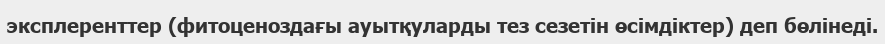
эксплеренттер (фитоценоздағы ауытқуларды тез сезетін өсімдіктер) деп бөлінеді.